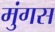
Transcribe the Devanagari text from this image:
मुंगस